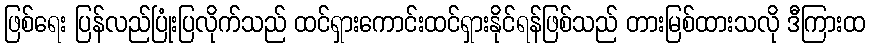
ဖြစ်ရေး ပြန်လည်ပြုံးပြလိုက်သည် ထင်ရှားကောင်းထင်ရှားနိုင်ရန်ဖြစ်သည် တားမြစ်ထားသလို ဒီကြားထ